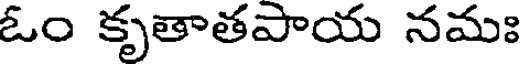
ఓం కృతాతపాయ నమః